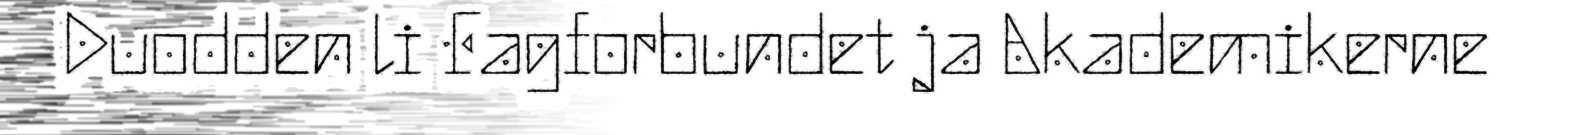
Duodden li Fagforbundet ja Akademikerne